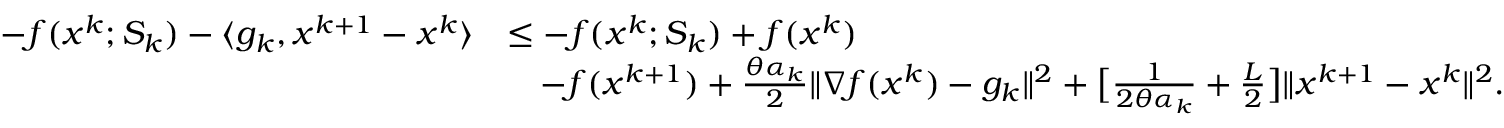
\begin{array} { r l } { - f ( x ^ { k } ; S _ { k } ) - \langle g _ { k } , x ^ { k + 1 } - x ^ { k } \rangle } & { \leq - f ( x ^ { k } ; S _ { k } ) + f ( x ^ { k } ) } \\ & { \quad - f ( x ^ { k + 1 } ) + \frac { \theta \alpha _ { k } } { 2 } \| \nabla f ( x ^ { k } ) - g _ { k } \| ^ { 2 } + \big [ \frac { 1 } { 2 \theta \alpha _ { k } } + \frac { L } { 2 } \big ] \| x ^ { k + 1 } - x ^ { k } \| ^ { 2 } . } \end{array}